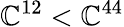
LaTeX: \mathbb{C}^{12}<\mathbb{C}^{44}